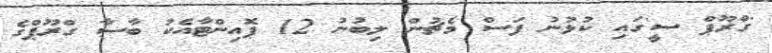
'ގްރޫޕް ސީ'ގައި ކުޅުނު ފަސް މެޗުން ލިބުނު 12 ޕޮއިންޓާއެކު ބާސާ ގްރޫޕްގެ